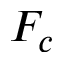
F _ { c }